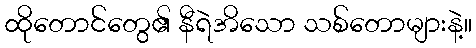
ထိုတောင်တွေ၏ နီရဲအိသော သစ်တောများနဲ့။